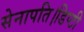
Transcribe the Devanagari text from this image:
सेनापति।डिप्टी